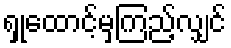
ရှုထောင့်မှကြည့်လျှင်